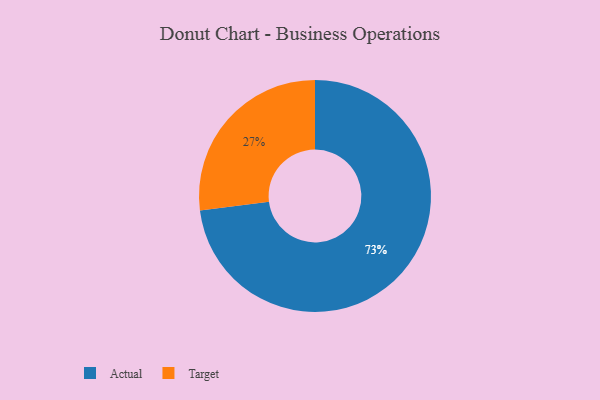
{"axis": {"x": "Category", "y": "Percentage"}, "legend": ["Actual", "Target"], "data": [{"x": "Target", "y": 27, "type": "Target"}, {"x": "Actual", "y": 73, "type": "Actual"}]}